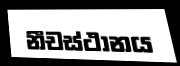
නීචස්ථානය